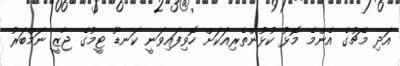
އަދި މެޗުގެ އެންމެ މޮޅު ކުޅުންތެރިއަކަށް ހޮވިފައިވަނީ ކަނޑޫ ޓީމުގެ ޖާޒީ ނަމްބަރު